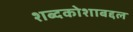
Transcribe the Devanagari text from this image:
शब्दकोशाबद्दल